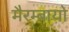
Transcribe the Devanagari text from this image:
मैरम्बायो